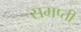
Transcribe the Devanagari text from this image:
समप्ती